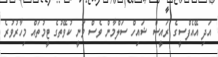
އަދި އޭއެފްސީގެ ރައީސް ޝައިހް ސަލްމާން ވެސް ވަނީ ކުވޭތުގެ ޓީމުތައް މިހާރުވުރެ